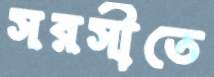
সরসীতে